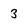
Character: 3